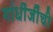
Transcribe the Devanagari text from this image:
गांधींजींची